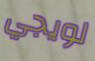
لويجي